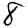
Digit: 8